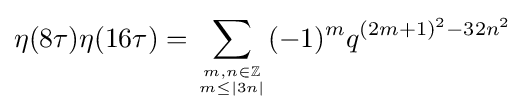
\eta (8\tau )\eta (16\tau )=\sum _{m,n\in \mathbb {Z}  \atop m\leq |3n|}(-1)^{m}q^{(2m+1)^{2}-32n^{2}}